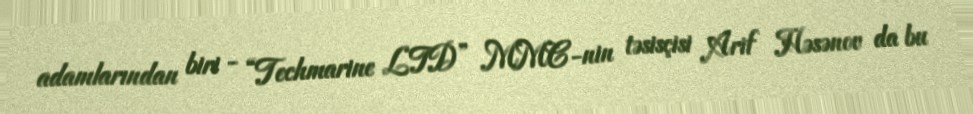
adamlarından biri - “Techmarine LTD” MMC-nin təsisçisi Arif Həsənov da bu